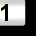
Digit: 1